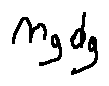
m _ { g } d _ { g }